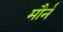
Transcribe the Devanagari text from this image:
मौर्न